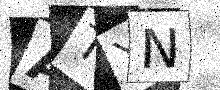
Text: ATYN